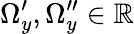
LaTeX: \Omega_{y}^{\prime},\Omega_{y}^{\prime\prime}\in\mathbb{R}